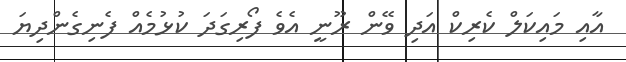
އާއި މައިކަލް ކެރިކް އަދި ވޭން ރޫނީ އެވެ ފޯރިގަދަ ކުޅުމެއް ފެނިގެންދިޔަ